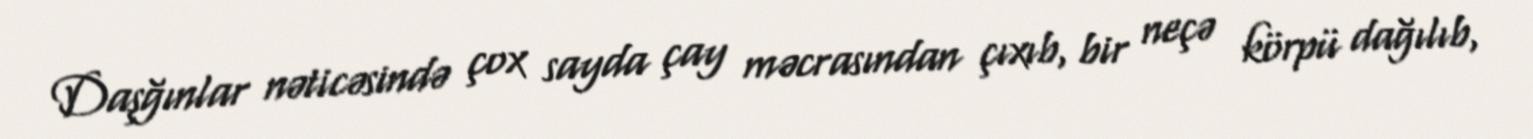
Daşğınlar nəticəsində çox sayda çay məcrasından çıxıb, bir neçə körpü dağılıb,